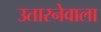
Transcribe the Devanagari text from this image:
उतारनेवाला